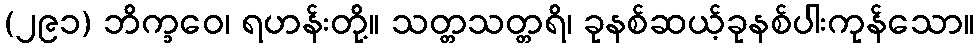
(၂၉၁) ဘိက္ခဝေ၊ ရဟန်းတို့။ သတ္တသတ္တရိ၊ ခုနစ်ဆယ့်ခုနစ်ပါးကုန်သော။